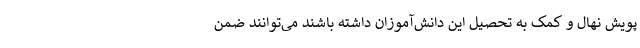
پویش نهال و کمک به تحصیل این دانش‌آموزان داشته باشند می‌توانند ضمن